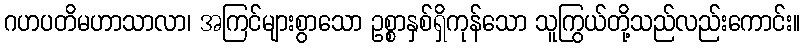
ဂဟပတိမဟာသာလာ၊ အကြင်များစွာသော ဥစ္စာနှစ်ရှိကုန်သော သူကြွယ်တို့သည်လည်းကောင်း။